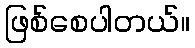
ဖြစ်စေပါတယ်။